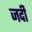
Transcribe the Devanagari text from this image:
जदी